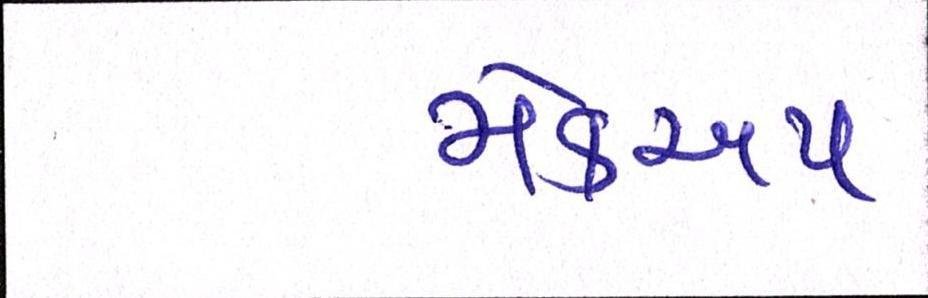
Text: મેકઅપ